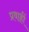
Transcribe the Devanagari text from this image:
प्रवाहीं